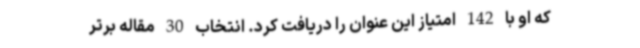
که او با 142 امتیاز این عنوان را دریافت کرد. انتخاب 30 مقاله برتر